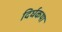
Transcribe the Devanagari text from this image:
दिर्घकथा